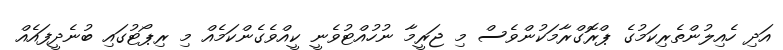
އަދި ހެއިލުންތެރިކަމުގެ ޕްރޮގްރާމަކުންވެސް މި ޖަރީމާ ނުހުއްޓުވެނީ ކީއްވެގެންކަމެއް މި ރިޕޯޓުގައި ބުނެދީފައެއް